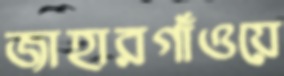
জাহারগাঁওয়ে